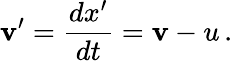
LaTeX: \mathbf{v}^{\prime}={\frac{{dx^{\prime}}}{{dt}}}=\mathbf{v}-u\, .